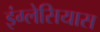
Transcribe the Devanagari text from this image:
इंग्लेसियास